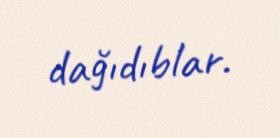
dağıdıblar.